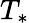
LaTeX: T_{\ast}